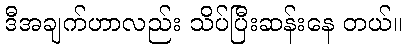
ဒီအချက်ဟာလည်း သိပ်ပြီးဆန်းနေ တယ်။